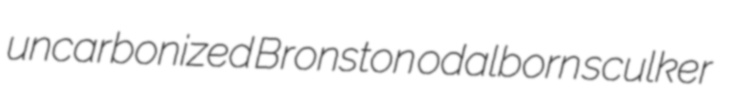
uncarbonized Bronston odalborn sculker